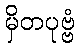
မှိတပုဗ္ဗံ